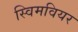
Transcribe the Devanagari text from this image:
स्विमवियर